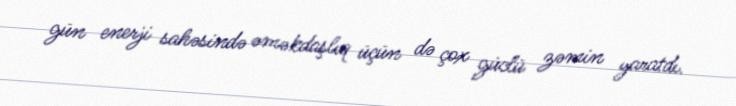
gün enerji sahəsində əməkdaşlıq üçün də çox güclü zəmin yaratdı.